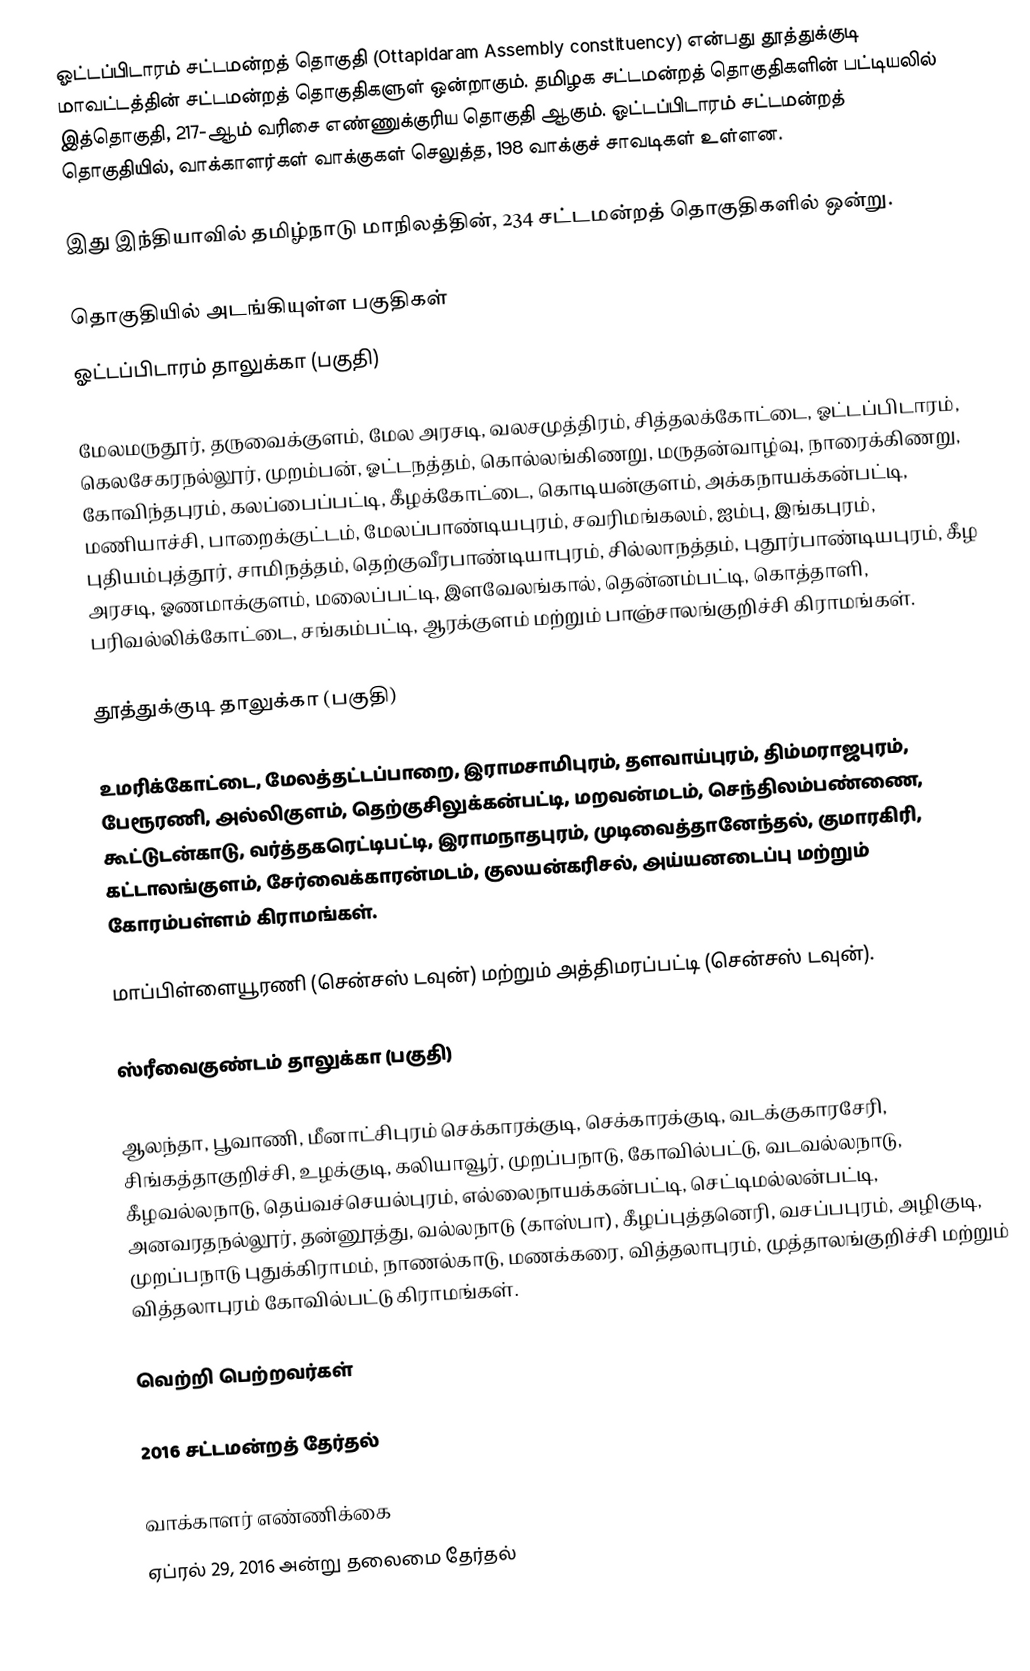
ஓட்டப்பிடாரம் சட்டமன்றத் தொகுதி (Ottapidaram Assembly constituency) என்பது தூத்துக்குடி மாவட்டத்தின் சட்டமன்றத் தொகுதிகளுள் ஒன்றாகும். தமிழக சட்டமன்றத் தொகுதிகளின் பட்டியலில் இத்தொகுதி, 217-ஆம் வரிசை எண்ணுக்குரிய தொகுதி ஆகும். ஓட்டப்பிடாரம் சட்டமன்றத் தொகுதியில், வாக்காளர்கள் வாக்குகள் செலுத்த, 198  வாக்குச் சாவடிகள் உள்ளன.

இது இந்தியாவில் தமிழ்நாடு மாநிலத்தின், 234 சட்டமன்றத் தொகுதிகளில் ஒன்று.

தொகுதியில் அடங்கியுள்ள பகுதிகள்
ஓட்டப்பிடாரம் தாலுக்கா (பகுதி)

மேலமருதூர், தருவைக்குளம், மேல அரசடி, வலசமுத்திரம், சித்தலக்கோட்டை, ஓட்டப்பிடாரம், கெலசேகரநல்லூர், முறம்பன், ஓட்டநத்தம், கொல்லங்கிணறு, மருதன்வாழ்வு, நாரைக்கிணறு, கோவிந்தபுரம், கலப்பைப்பட்டி, கீழக்கோட்டை, கொடியன்குளம், அக்கநாயக்கன்பட்டி, மணியாச்சி, பாறைக்குட்டம், மேலப்பாண்டியபுரம், சவரிமங்கலம், ஐம்பு, இங்கபுரம், புதியம்புத்தூர், சாமிநத்தம், தெற்குவீரபாண்டியாபுரம், சில்லாநத்தம், புதூர்பாண்டியபுரம், கீழ அரசடி, ஓணமாக்குளம், மலைப்பட்டி, இளவேலங்கால், தென்னம்பட்டி, கொத்தாளி, பரிவல்லிக்கோட்டை, சங்கம்பட்டி, ஆரக்குளம் மற்றும் பாஞ்சாலங்குறிச்சி கிராமங்கள்.

தூத்துக்குடி தாலுக்கா (பகுதி)

உமரிக்கோட்டை, மேலத்தட்டப்பாறை, இராமசாமிபுரம், தளவாய்புரம், திம்மராஜபுரம், பேரூரணி, அல்லிகுளம், தெற்குசிலுக்கன்பட்டி, மறவன்மடம், செந்திலம்பண்ணை, கூட்டுடன்காடு, வர்த்தகரெட்டிபட்டி, இராமநாதபுரம், முடிவைத்தானேந்தல், குமாரகிரி, கட்டாலங்குளம், சேர்வைக்காரன்மடம், குலயன்கரிசல், அய்யனடைப்பு மற்றும் கோரம்பள்ளம் கிராமங்கள்.

மாப்பிள்ளையூரணி  (சென்சஸ் டவுன்) மற்றும் அத்திமரப்பட்டி (சென்சஸ் டவுன்).

ஸ்ரீவைகுண்டம் தாலுக்கா (பகுதி)

ஆலந்தா, பூவாணி, மீனாட்சிபுரம் செக்காரக்குடி, செக்காரக்குடி, வடக்குகாரசேரி, சிங்கத்தாகுறிச்சி, உழக்குடி, கலியாவூர், முறப்பநாடு, கோவில்பட்டு, வடவல்லநாடு, கீழவல்லநாடு, தெய்வச்செயல்புரம், எல்லைநாயக்கன்பட்டி, செட்டிமல்லன்பட்டி, அனவரதநல்லூர், தன்னூத்து, வல்லநாடு (காஸ்பா), கீழப்புத்தனெரி, வசப்பபுரம், அழிகுடி, முறப்பநாடு புதுக்கிராமம், நாணல்காடு, மணக்கரை, வித்தலாபுரம், முத்தாலங்குறிச்சி மற்றும் வித்தலாபுரம் கோவில்பட்டு கிராமங்கள்.

வெற்றி பெற்றவர்கள்

2016 சட்டமன்றத் தேர்தல்

வாக்காளர் எண்ணிக்கை
ஏப்ரல் 29, 2016 அன்று தலைமை தேர்தல்